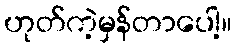
ဟုတ်ကဲ့မှန်တာပေါ့။